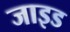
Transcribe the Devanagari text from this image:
जाइड